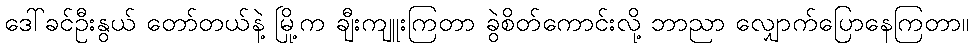
ဒေါ်ခင်ဦးနွယ် တော်တယ်နဲ့ မြို့က ချီးကျူးကြတာ ခွဲစိတ်ကောင်းလို့ ဘာညာ လျှောက်ပြောနေကြတာ။